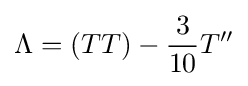
\Lambda =(TT)-{\frac {3}{10}}T''